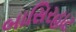
બાસિરહાટ